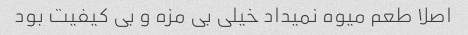
اصلا طعم میوه نمیداد خیلی بی مزه و بی کیفیت بود